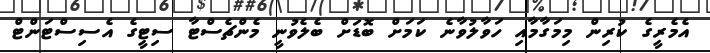
އެމެރީގެ ކުރިން މިމަގާމާއި ހަވާލުވާނެ ކަމަށް ބޮޑަށް ބެލެވުނީ މެންޗެސްޓާ ސިޓީގެ އެސިސްޓަންޓް